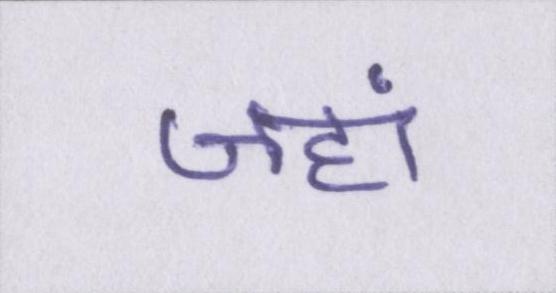
जहां